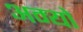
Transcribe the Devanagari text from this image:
अम्यो